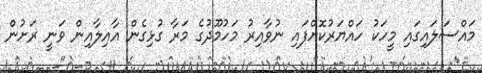
މައްސަލައިގައި މީހަކު ހައްޔަރުކޮށްފައި ނުވާއިރު މަހުމޫދުގެ މަރާ ގުޅިގެން އާއިލާއިން ވަނީ ރަށުން